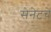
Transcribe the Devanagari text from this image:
सेनेटचे